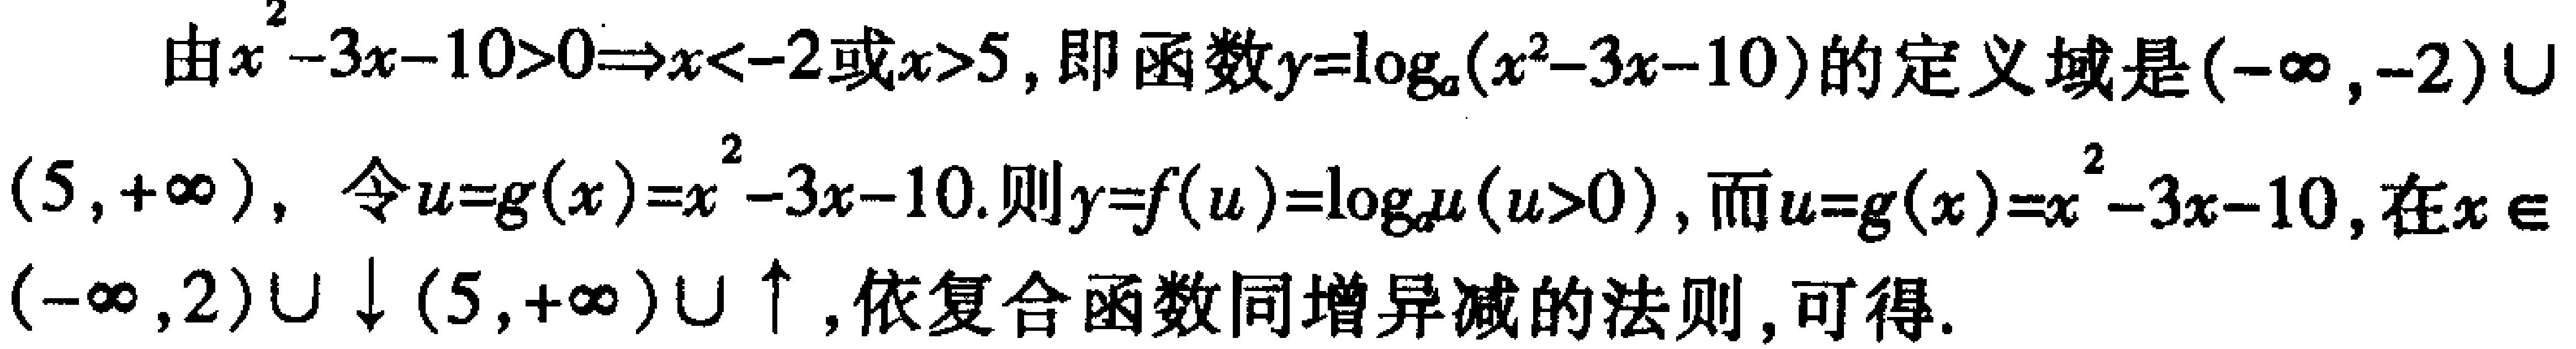
由\(x^{2}-3x - 10>0\Rightarrow x<-2或x>5\)，即函数\(y = \log_{a}(x^{2}-3x - 10)\)的定义域是\((-\infty,-2)\cup(5,+\infty)\)，令\(u = g(x)=x^{2}-3x - 10\).则\(y = f(u)=\log_{a}u(u > 0)\)，而\(u = g(x)=x^{2}-3x - 10\)，在\(x\in(-\infty,2)\cup\downarrow(5,+\infty)\cup\uparrow\)，依复合函数同增异减的法则，可得.